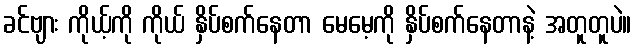
ခင်ဗျား ကိုယ့်ကို ကိုယ် နှိပ်စက်နေတာ မေမေ့ကို နှိပ်စက်နေတာနဲ့ အတူတူပဲ။